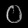
Digit: ၀